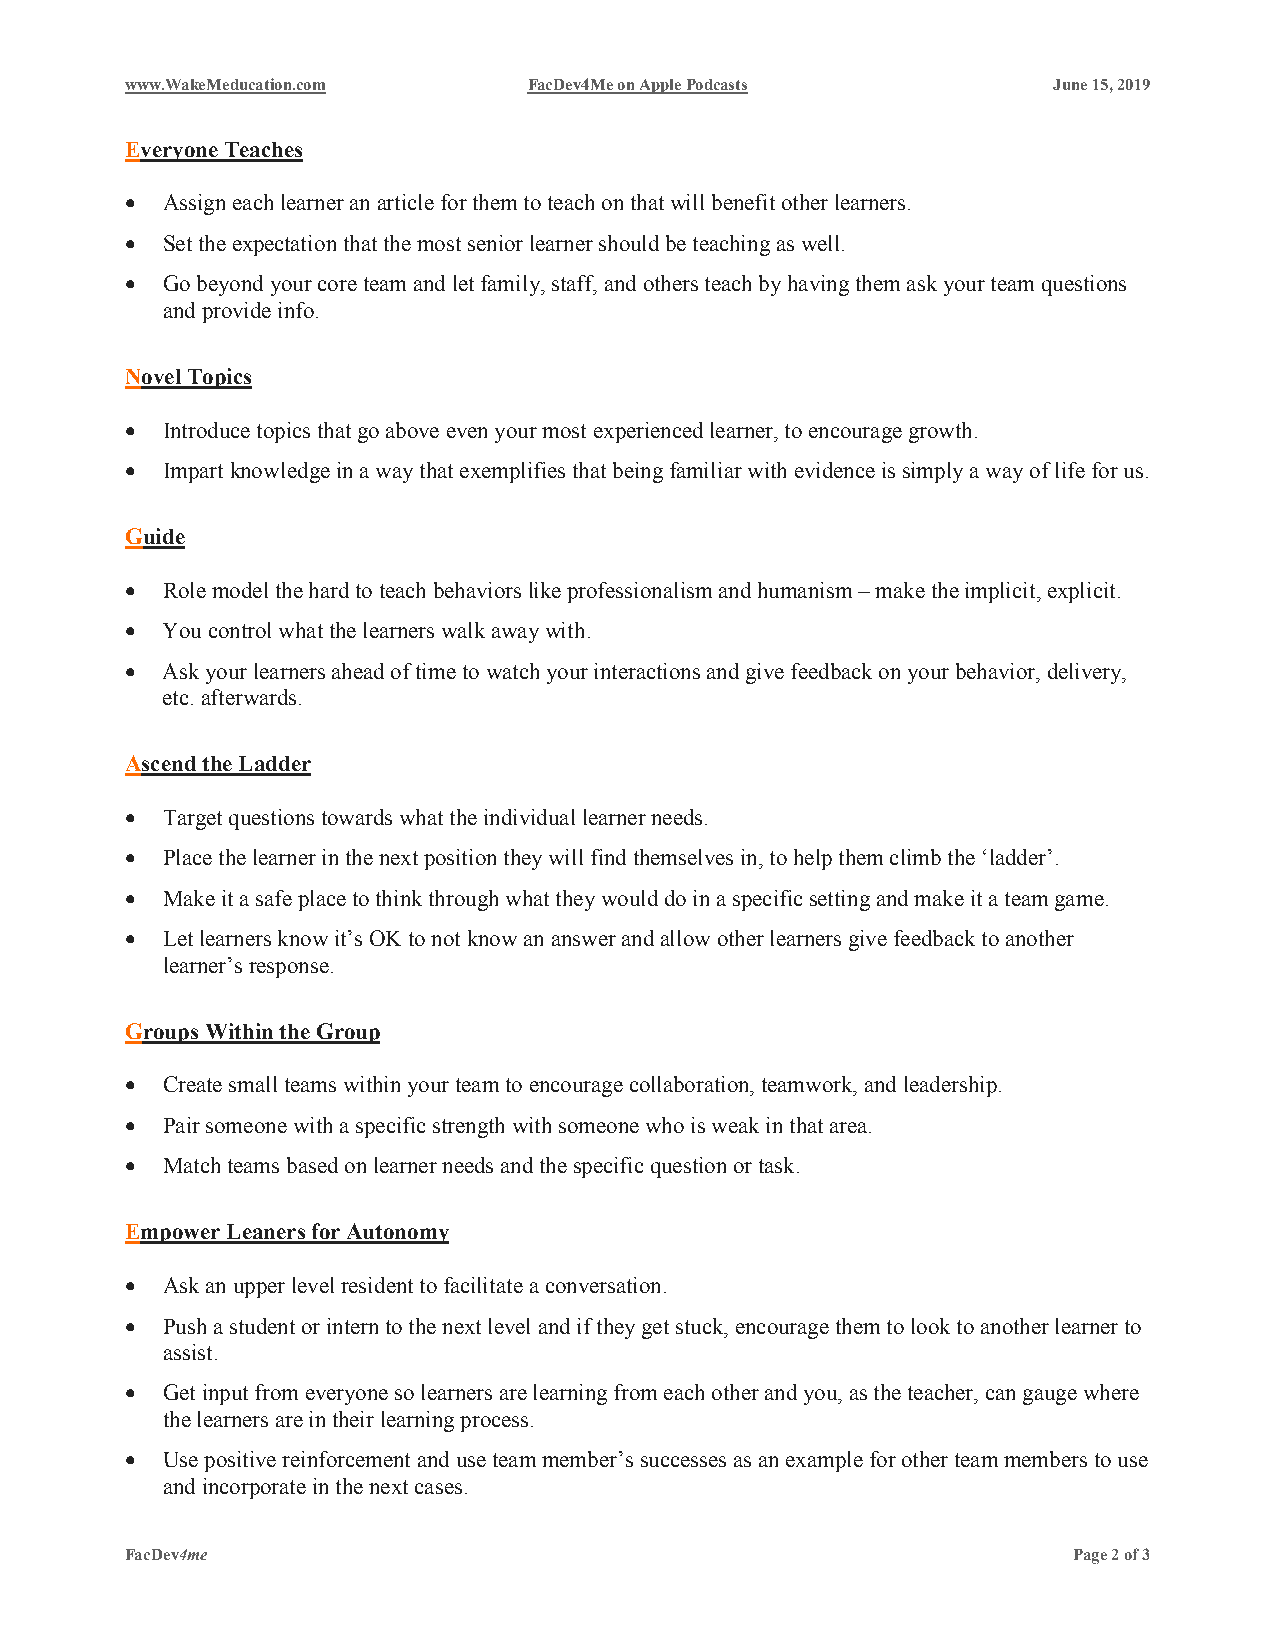
www.WakeMeducation.com     FacDev4Me on Apple Podcasts        June 15, 2019
 Everyone Teaches
 •  Assign each learner an article for them to teach on that will benefit other learners.
 •  Set the expectation that the most senior learner should be teaching as well.
 •  Go beyond your core team and let family, staff, and others teach by having them ask your team questions
 and provide info.
 Novel Topics
 •  Introduce topics that go above even your most experienced learner, to encourage growth.
 •  Impart knowledge in a way that exemplifies that being familiar with evidence is simply a way of life for us.
 Guide
 •  Role model the hard to teach behaviors like professionalism and humanism – make the implicit, explicit.
 •  You control what the learners walk away with.
 •  Ask your learners ahead of time to watch your interactions and give feedback on your behavior, delivery,
 etc. afterwards.
 Ascend the Ladder
 •  Target questions towards what the individual learner needs.
 •  Place the learner in the next position they will find themselves in, to help them climb the ‘ladder’.
 •  Make it a safe place to think through what they would do in a specific setting and make it a team game.
 •  Let learners know it’s OK to not know an answer and allow other learners give feedback to another
 learner’s response.
 Groups Within the Group
 •  Create small teams within your team to encourage collaboration, teamwork, and leadership.
 •  Pair someone with a specific strength with someone who is weak in that area.
 •  Match teams based on learner needs and the specific question or task.
 Empower Leaners for Autonomy
 •  Ask an upper level resident to facilitate a conversation.
 •  Push a student or intern to the next level and if they get stuck, encourage them to look to another learner to
 assist.
 •  Get input from everyone so learners are learning from each other and you, as the teacher, can gauge where
 the learners are in their learning process.
 •  Use positive reinforcement and use team member’s successes as an example for other team members to use
 and incorporate in the next cases.
 FacDev4me                                                      Page 2 of 3